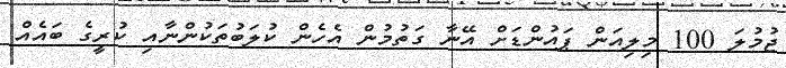
ޖުމުލަ 100 މިލިއަން ޕައުންޑަށް އޭނާ ގަތުމުން އެހެން ކުލަބުތަކުންނާއި ކުރީގެ ބައެއް